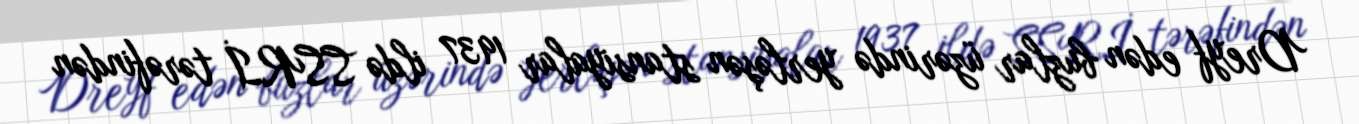
Dreyf edən buzlar üzərində yerləşən stansiyalar 1937 ildə SSRİ tərəfindən